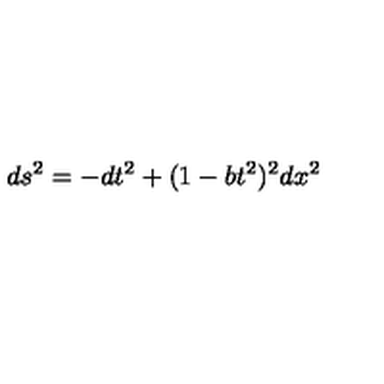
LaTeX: d s ^ { 2 } = - d t ^ { 2 } + ( 1 - b t ^ { 2 } ) ^ { 2 } d x ^ { 2 }